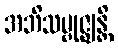
အဘိသမ္ဗုဇ္ဈန္တိ